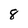
Character: 8